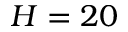
H = 2 0